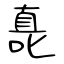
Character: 嗭